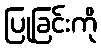
ပြုခြင်းကို